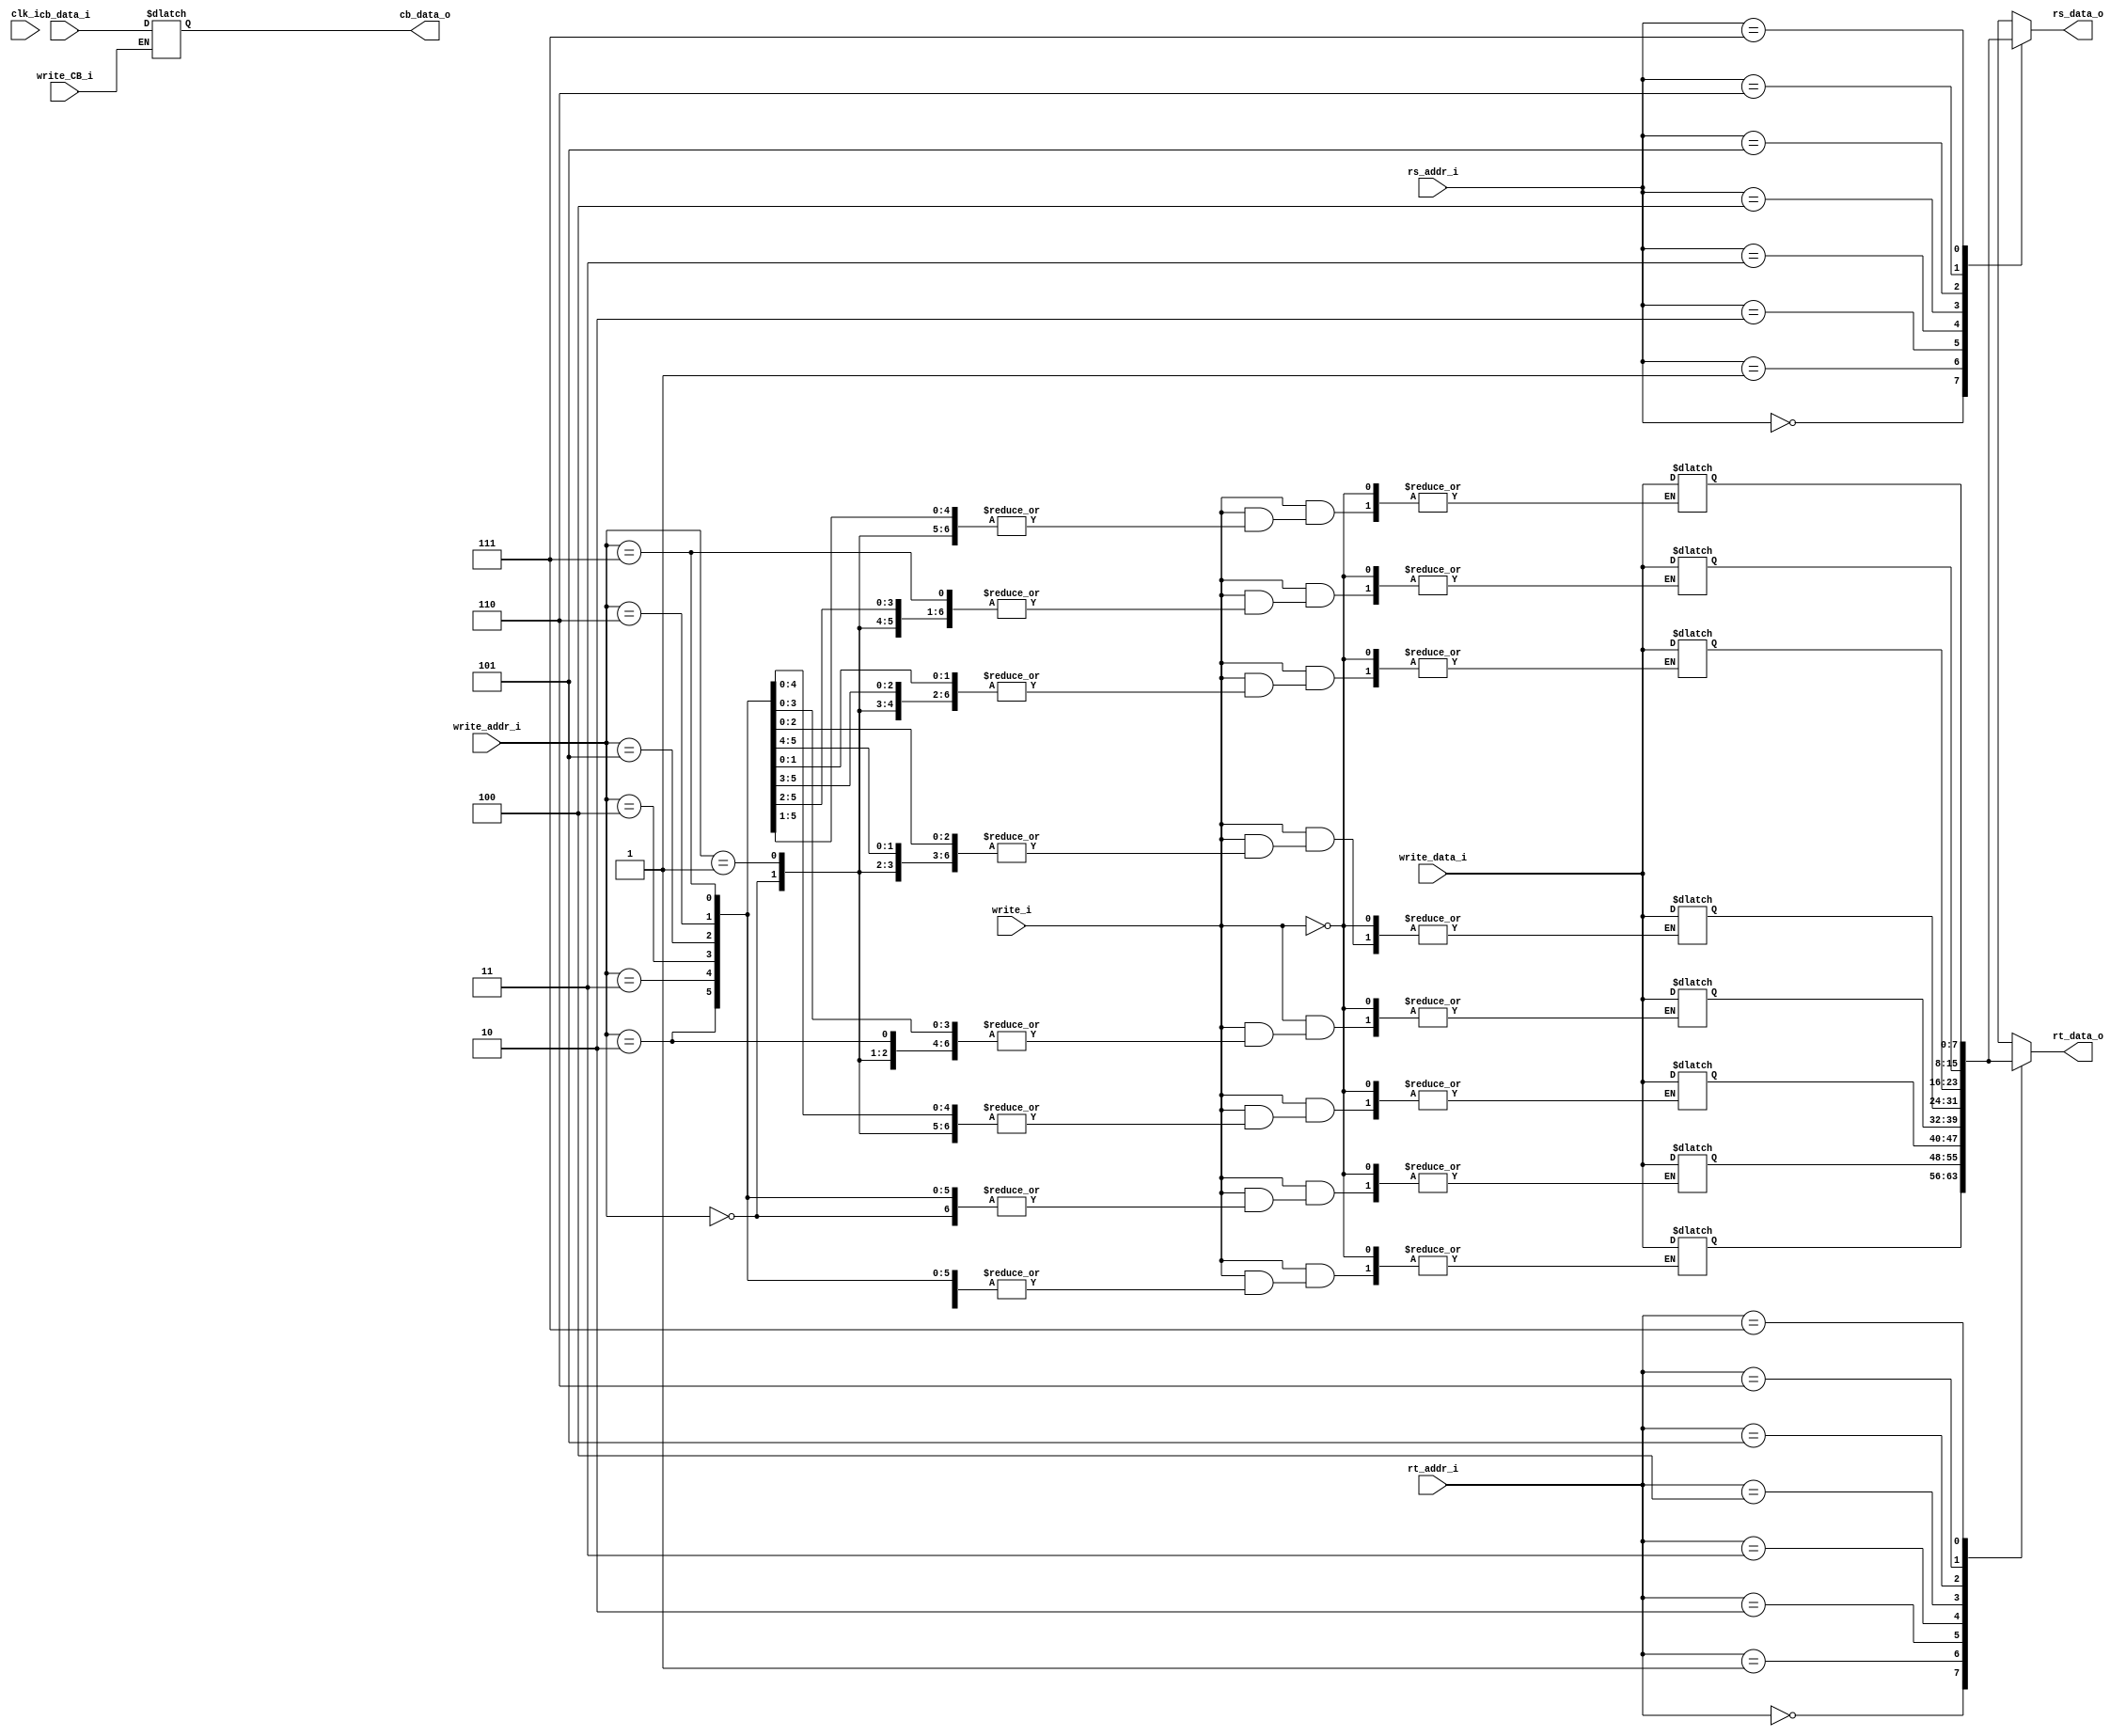
module regfile
  (input clk_i,
   input write_i,
	input write_CB_i,
	input cb_data_i,
	output cb_data_o,
   input [2:0] write_addr_i,
   input [7:0] write_data_i,
   input [2:0] rs_addr_i,
   output [7:0] rt_data_o,
   input [2:0] rt_addr_i,
   output [7:0] rs_data_o);

   reg [7:0] 	 regfile [7:0];
	reg	conditional_bit;

   assign rt_data_o = regfile[rt_addr_i];
   assign rs_data_o = regfile[rs_addr_i];
	assign cb_data_o = conditional_bit;
	
	initial begin
		
		conditional_bit=0;
		
	end

   always @(*) begin
	
		if (write_i) begin
			regfile[write_addr_i] = write_data_i;
		end
		if (write_CB_i)begin
			conditional_bit = cb_data_i;
		end
	end
endmodule